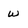
Character: w